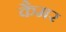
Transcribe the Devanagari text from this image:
कैमर